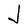
Character: J